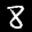
Label: 8